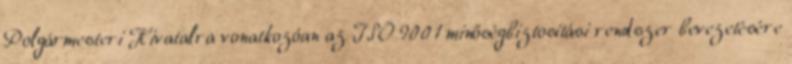
Polgármesteri Hivatalra vonatkozóan az ISO 9001 minőségbiztosítási rendszer bevezetésére